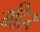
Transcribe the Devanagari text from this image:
गहिर